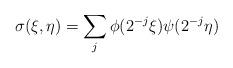
LaTeX: \begin{align*}\sigma(\xi,\eta) = \sum_j \phi(2^{-j} \xi) \psi(2^{-j} \eta)\end{align*}